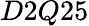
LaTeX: D2Q25